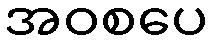
အဝစပေ